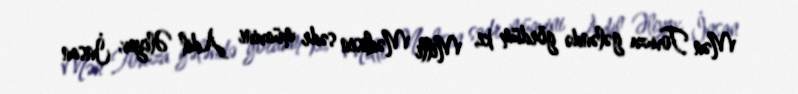
Mən Tovuza gələndə gördüm ki, Milli Məclisin sədr müavini Adil Əliyev, İnsan